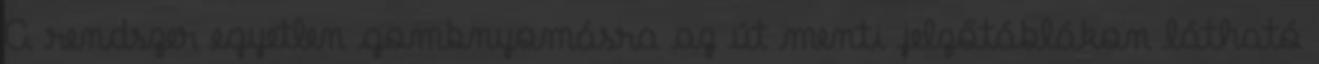
A rendszer egyetlen gombnyomásra az út menti jelzőtáblákon látható